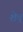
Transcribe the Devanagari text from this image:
शेव्